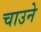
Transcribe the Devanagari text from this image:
चाउने